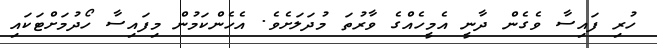
ހުރި ފައިސާ ވެގެން ދާނީ އެމީހެއްގެ ވާރުތަ މުދަލަށެވެ. އެހެންކަމުން މިފައިސާ ހޯދުމަށްޓަކައި